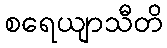
စရေယျာသီတိ